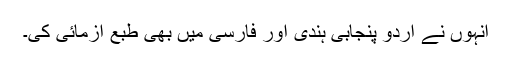
انہوں نے اردو پنجابی ہندی اور فارسی میں بھی طبع آزمائی کی۔